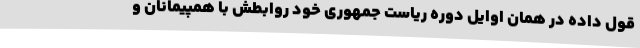
قول داده در همان اوایل دوره ریاست جمهوری خود روابطش با همپیمانان و